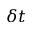
\delta t